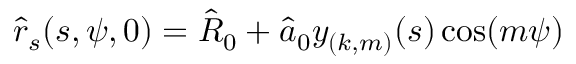
\hat { r } _ { s } ( s , \psi , 0 ) = \hat { R } _ { 0 } + \hat { a } _ { 0 } y _ { ( k , m ) } ( s ) \cos ( m \psi )